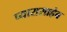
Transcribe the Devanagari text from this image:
प्यारासाहेब